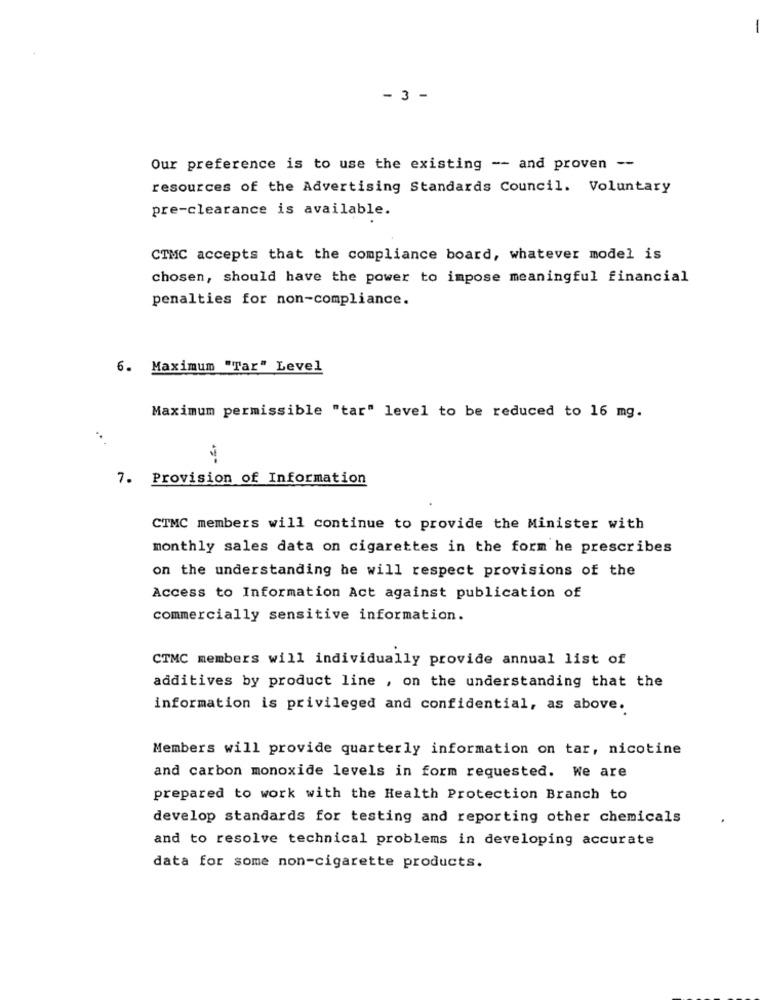
- 3 -
Our preference is to use the existing -- and proven --
resources of the Advertising Standards Council. Voluntary
pre-clearance is available.
CTMC accepts that the compliance board, whatever model is
chosen, should have the power to impose meaningful financial
penalties for non-compliance.
6. Maximum "Tar" Level
Maximum permissible "tar" level to be reduced to 16 mg.
7. Provision of Information
CTMC members will continue to provide the Minister with
monthly sales data on cigarettes in the form he prescribes
on the understanding he will respect provisions of the
Access to Information Act against publication of
commercially sensitive information.
CTMC members will individually provide annual list of
additives by product line , on the understanding that the
information is privileged and confidential, as above.
Members will provide quarterly information on tar, nicotine
and carbon monoxide levels in form requested. We are
prepared to work with the Health Protection Branch to
develop standards for testing and reporting other chemicals
and to resolve technical problems in developing accurate
data for some non-cigarette products.